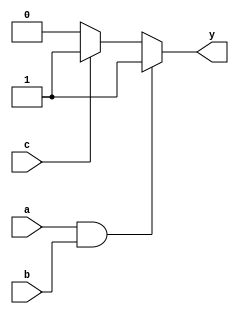
module combinational_logic (
    input wire a,         // Input signal a
    input wire b,         // Input signal b
    input wire c,         // Input signal c
    output reg y          // Output signal y
);

// Combinational logic block
always @(*) begin
    // Example logic: y is true if either a and b are true, or c is true
    if (a && b) begin
        y = 1'b1;        // Set output y to 1 if both a and b are 1
    end else if (c) begin
        y = 1'b1;        // Set output y to 1 if c is 1
    end else begin
        y = 1'b0;        // Otherwise, set output y to 0
    end
end

endmodule